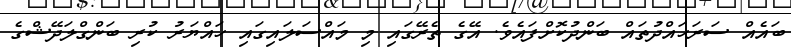
ބައެއް ސަރަހައްދުތައް ބަންދުކޮށްފައެވެ. އޭގެ ތެރޭގައި މި މައްސަލައިގައި ހައްޔަރު ކުރި ބަންގްލަދޭޝްގެ